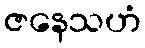
ဇနေသဟံ